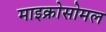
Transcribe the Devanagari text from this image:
माइक्रोसोमल